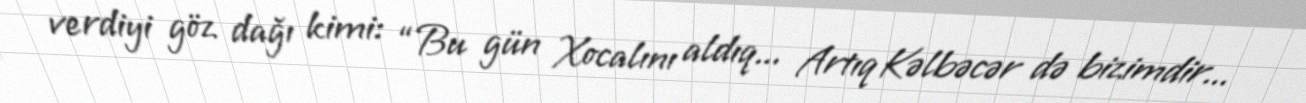
verdiyi göz dağı kimi: “Bu gün Xocalını aldıq... Artıq Kəlbəcər də bizimdir...